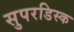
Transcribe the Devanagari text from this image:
सुपरडिस्क